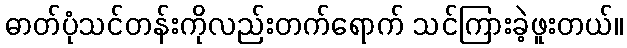
ဓာတ်ပုံသင်တန်းကိုလည်းတက်ရောက် သင်ကြားခဲ့ဖူးတယ်။